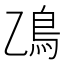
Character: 𫚮